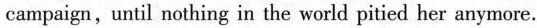
campaign,until nothing in the world pitied her anymore.